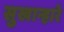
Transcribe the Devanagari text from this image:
सुखान्हारे